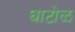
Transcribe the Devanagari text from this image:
घाटोळ